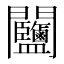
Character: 𨷽